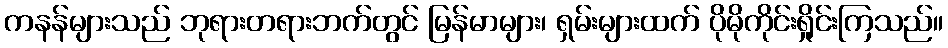
ကနန်များသည် ဘုရားတရားဘက်တွင် မြန်မာများ၊ ရှမ်းများထက် ပိုမိုကိုင်းရှိုင်းကြသည်။